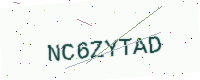
Text: NC6ZYTAD